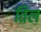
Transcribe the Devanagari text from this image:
तिल